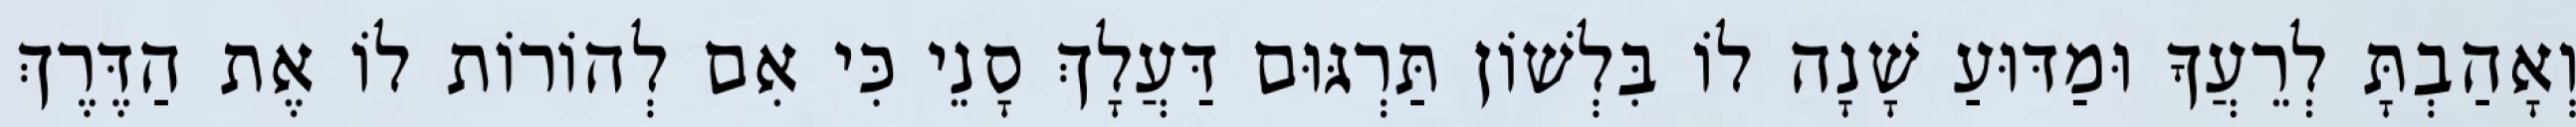
וְאָהַבְתָּ לְרֵעֲךָ וּמַדּוּעַ שָׁנָה לוֹ בִּלְשׁוֹן תַּרְגּוּם דַּעֲלָךְ סָנֵי כִּי אִם לְהוֹרוֹת לוֹ אֶת הַדֶּרֶךְ